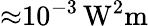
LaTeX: \mathrm{{\approx}10^{-3}\, W^{2}m}